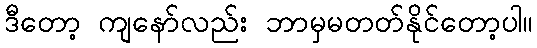
ဒီတော့ ကျနော်လည်း ဘာမှမတတ်နိုင်တော့ပါ။